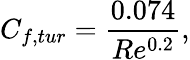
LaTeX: C_{f,tur}={\frac{0.074}{Re^{0.2}}},